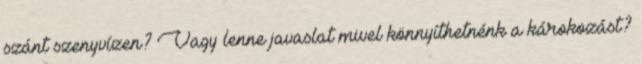
szánt szenyvízen? Vagy lenne javaslat mivel könnyíthetnénk a károkozást?